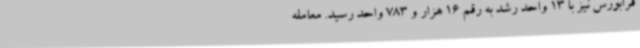
فرابورس نیز با 13 واحد رشد به رقم 16 هزار و 783 واحد رسید. معامله